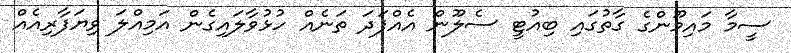
ސީމާ މައިމޫންގެ ގާތުގައި ބިއުޓީ ސެލޫން އެއްފަދަ ތަނެއް ހުޅުވާލައިގެން އަމިއްލަ ވިޔަފާރިއެއް